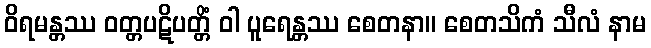
ဝိရမန္တဿ ဝတ္တပဋိပတ္တိံ ဝါ ပူရေန္တဿ စေတနာ။ စေတသိကံ သီလံ နာမ